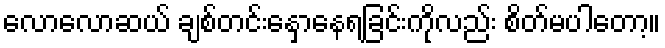
လောလောဆယ် ချစ်တင်းနှောနေရခြင်းကိုလည်း စိတ်မပါတော့။